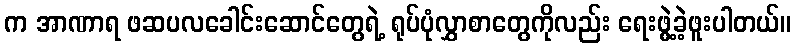
က အာဏာရ ဖဆပလခေါင်းဆောင်တွေရဲ့ ရုပ်ပုံလွှာစာတွေကိုလည်း ရေးဖွဲ့ခဲ့ဖူးပါတယ်။